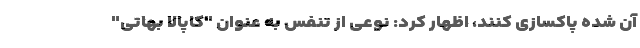
آن شده پاکسازی کنند، اظهار کرد: نوعی از تنفس به عنوان "کاپالا بهاتی"